Report on vaccination North-West Frontier Province 1904-1922 - 1904-1922
Year: 1904
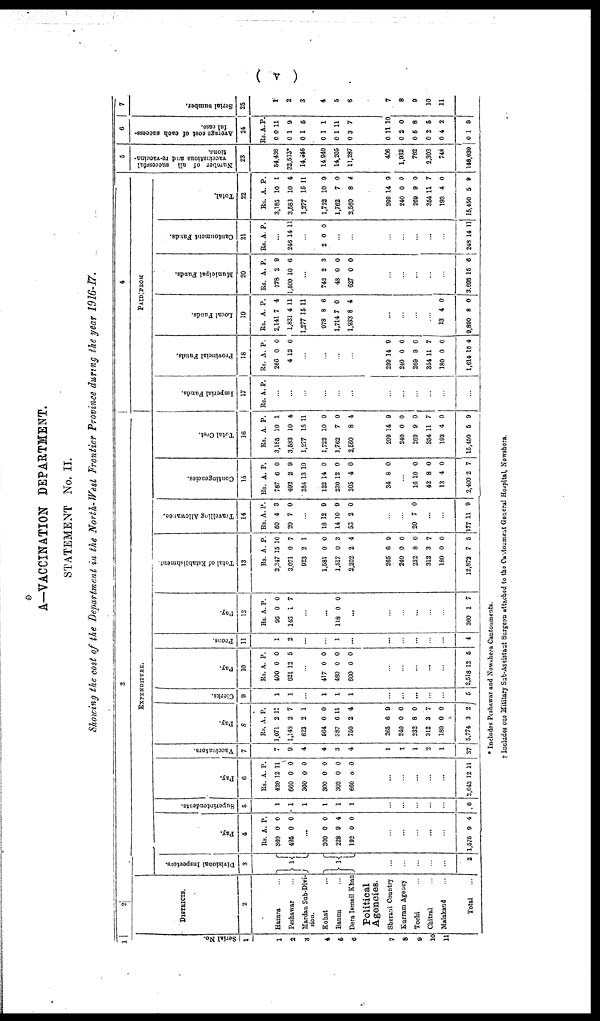
( v )
A.—VACCINATION DEPARTMENT.
STATEMENT No. II.
Showing the cost of the Department in the North-West Frontier Province during the year 1916-17.
1
Serial No.
1
1
2
3
4
5
6
7
8
9
10
11
2
DISTRICTS.
2
Hazara
Peshawar
Mardan Sub-Divi¬
sion.
Kohat ...
Bannu ...
Dera Ismail Khan
Political
Agencies.
Sherani Country
Kurram Agency
Tochi ...
Chitral ...
Malakand ...
Total ...
3
EXPENDITURE.
Divisional Inspectors.
3
1
1
...
...
...
...
...
2
Pay.
4
Rs.
360
495
A.
0
0
P.
0
0
...
300
228
192
0
9
0
0
4
0
...
...
...
...
...
1,575 9 4
Superintendents.
5
1
1
1
1
1
1
...
...
...
...
...
6
Pay.
6
Rs.
420
660
300
300
303
600
A.
12
0
0
0
0
0
P.
11
0
0
0
0
0
...
...
...
...
...
2,643 12 11
Vaccinators.
7
7
9
4
4
3
4
1
1
1
2
1
37
Pay.
8
Rs.
1,071
1,148
623
564
387
750
A.
2
2
2
0
6
2
P.
11
7
1
0
11
4
265
240
232
312
180
5,774
6
0
8
3
0
3
9
0
0
7
0
2
Clerks.
9
1
1
...
1
1
1
...
...
...
...
...
5
Pay.
10
Rs.
400
621
A.
0
12
P.
0
5
...
417
480
600
0
0
0
0
0
0
...
...
...
...
...
2,518 12 5
Peons.
11
1
2
...
1
...
...
...
...
...
...
4
Pay.
12
Rs.
96
146
A.
0
1
P.
0
7
...
...
118 0 0
...
...
...
...
...
...
360 1 7
Total of Establishment
13
Rs.
2,347
3,071
923
1,581
1,517
2,202
A.
15
0
2
0
0
2
P.
10
7
1
0
3
4
265
240
232
312
180
12,872
6
0
8
3
0
7
9
0
0
7
0
5
Travelling Allowance.
14
Rs.
50
20
A.
4
7
P.
3
0
...
18
14
53
12
10
2
9
9
0
...
...
20 7 0
...
...
177 11 9
Contingencies.
15
Rs.
787
492
354
122
230
305
A.
6
2
13
14
12
4
P.
0
9
10
0
0
0
34 8 0
...
16
42
13
2,400
10
8
4
2
0
0
0
7
Total Cost.
16
Rs.
3,185
3,583
1,277
1,722
1,762
2,560
A.
10
10
15
10
7
8
P.
1
4
11
9
0
4
299
240
269
354
193
15,450
14
0
9
11
4
5
9
0
0
7
0
9
4
PAID FROM
Imperial Funds.
17
Rs. A. P.
...
...
...
...
...
...
...
...
...
...
...
...
Provincial Funds.
18
Rs.
266
4
A.
0
12
P.
0
0
...
...
...
...
299
240
269
354
180
1,614
14
0
9
11
0
15
9
0
0
7
0
4
Local Funds.
19
Rs.
2,141
1,831
1,277
978
1,714
1,933
A.
7
4
15
8
7
8
P.
4
11
11
6
0
4
...
...
...
...
13
9,890
4
8
0
0
Municipal Funds.
20
Rs.
778
1,500
A.
2
10
P.
9
6
...
742
48
627
2
0
0
3
0
0
...
...
...
...
...
3,695 15 6
Cantonment Funds.
21
Rs. A. P.
246 14 11
...
2 0 0
...
...
...
...
...
...
...
248 14 11
Total.
22
Rs.
3,185
3,583
1,277
1,722
1,762
2,560
A.
10
10
15
10
7
8
P.
1
4
11
9
0
4
299
240
269
354
193
15,450
14
0
9
11
4
5
9
0
0
7
0
9
5
Number of all successful
vaccinations and re-vaccina¬
tions.
23
54,438
32,533*
14,446
14,940
14,205
11,287
406
1,932
762
2,303
748
148,030
6
Average cost of each success¬
ful cases.
24
Rs.
0
0
0
0
0
0
A.
0
1
1
1
1
3
P.
11
9
5
1
11
7
0
0
0
0
0
0
11
2
5
2
4
1
10
0
8
5
2
8
7
Serial number.
25
1
2
3
4
5
6
7
8
9
10
11
* Includes Peshawar and Nowshera Cantonments.
† Includes one Military Sub-Assistant Surgeon attached to the Cantonment General Hospital Nowshera.